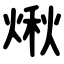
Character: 煍